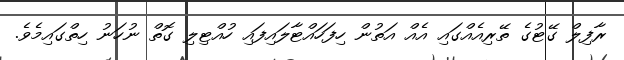
ރާފިލް ގޭޓުގެ ތޭރިއެއްގައި އެއް އަތުން ހިފަހައްޓާލައިފައި ހުއްޓިލި ގޮތް ނުހަނު ހިތްގައިމެވެ.